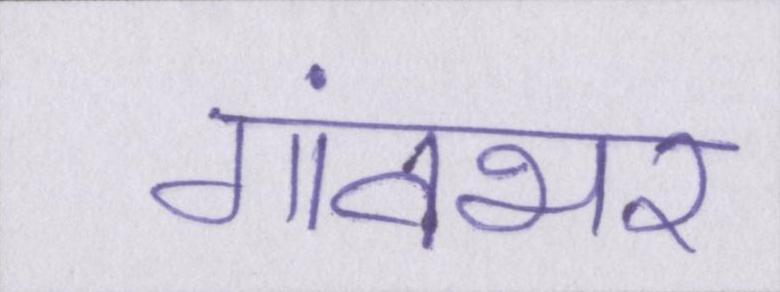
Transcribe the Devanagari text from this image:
गांवभर